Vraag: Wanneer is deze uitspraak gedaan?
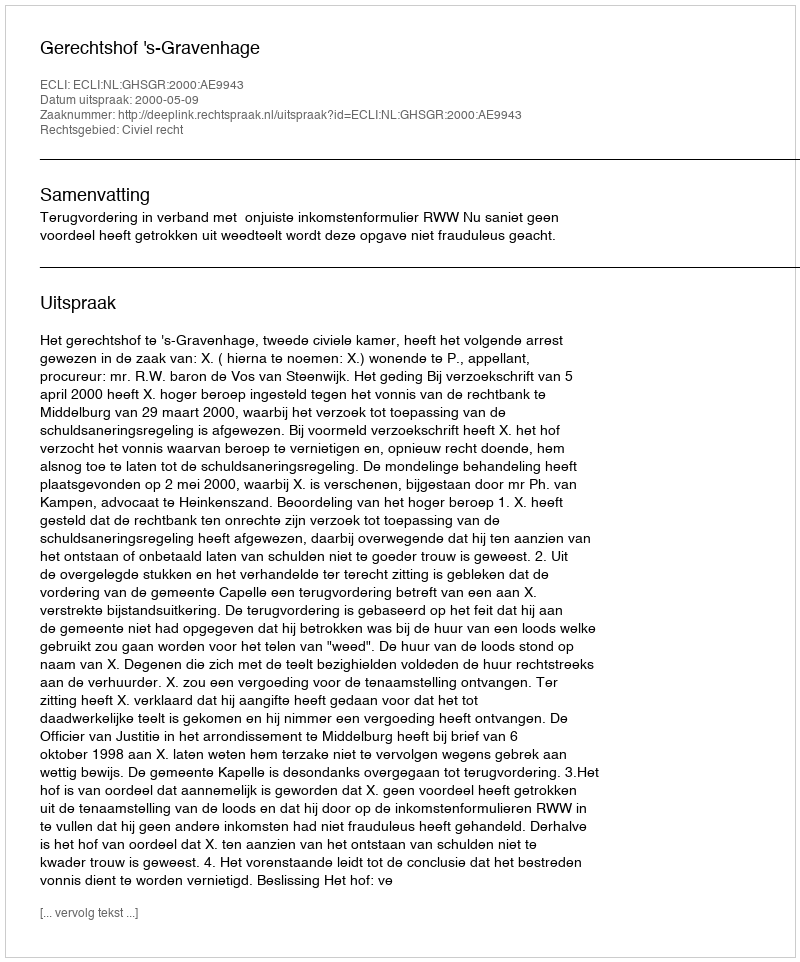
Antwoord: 2000-05-09